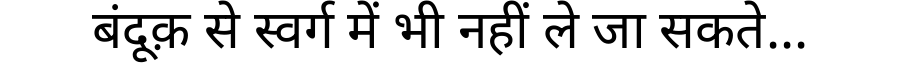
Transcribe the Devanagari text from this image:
बंदूक़ से स्वर्ग में भी नहीं ले जा सकते...